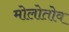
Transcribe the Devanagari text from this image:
मोलोतोव